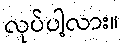
လုပ်ပါ့လား။